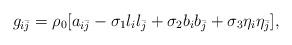
LaTeX: \begin{align*} g_{i\bar{j}} = \rho_0[a_{i\bar{j}} - \sigma_1l_il_{\bar{j}} + \sigma_2b_ib_{\bar{j}} + \sigma_3\eta_i\eta_{\bar{j}}], \end{align*}